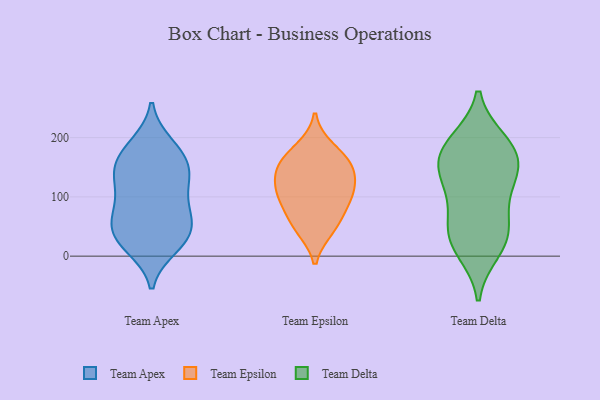
{"axis": {"x": "Market Share (%)", "y": "Value"}, "legend": ["Team Apex", "Team Delta", "Team Epsilon"], "data": [{"x": "", "y": 188, "type": "Team Apex"}, {"x": "", "y": 33, "type": "Team Apex"}, {"x": "", "y": 132, "type": "Team Apex"}, {"x": "", "y": 159, "type": "Team Apex"}, {"x": "", "y": 48, "type": "Team Apex"}, {"x": "", "y": 72, "type": "Team Apex"}, {"x": "", "y": 26, "type": "Team Apex"}, {"x": "", "y": 57, "type": "Team Apex"}, {"x": "", "y": 141, "type": "Team Apex"}, {"x": "", "y": 16, "type": "Team Apex"}, {"x": "", "y": 25, "type": "Team Apex"}, {"x": "", "y": 131, "type": "Team Apex"}, {"x": "", "y": 182, "type": "Team Apex"}, {"x": "", "y": 123, "type": "Team Apex"}, {"x": "", "y": 80, "type": "Team Apex"}, {"x": "", "y": 166, "type": "Team Apex"}, {"x": "", "y": 82, "type": "Team Apex"}, {"x": "", "y": 106, "type": "Team Epsilon"}, {"x": "", "y": 46, "type": "Team Epsilon"}, {"x": "", "y": 51, "type": "Team Epsilon"}, {"x": "", "y": 153, "type": "Team Epsilon"}, {"x": "", "y": 134, "type": "Team Epsilon"}, {"x": "", "y": 104, "type": "Team Epsilon"}, {"x": "", "y": 106, "type": "Team Epsilon"}, {"x": "", "y": 163, "type": "Team Epsilon"}, {"x": "", "y": 147, "type": "Team Epsilon"}, {"x": "", "y": 182, "type": "Team Epsilon"}, {"x": "", "y": 78, "type": "Team Epsilon"}, {"x": "", "y": 35, "type": "Team Delta"}, {"x": "", "y": 31, "type": "Team Delta"}, {"x": "", "y": 43, "type": "Team Delta"}, {"x": "", "y": 161, "type": "Team Delta"}, {"x": "", "y": 177, "type": "Team Delta"}, {"x": "", "y": 84, "type": "Team Delta"}, {"x": "", "y": 125, "type": "Team Delta"}, {"x": "", "y": 192, "type": "Team Delta"}, {"x": "", "y": 186, "type": "Team Delta"}, {"x": "", "y": 11, "type": "Team Delta"}, {"x": "", "y": 151, "type": "Team Delta"}, {"x": "", "y": 127, "type": "Team Delta"}]}